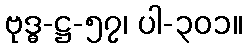
ဗုဒ္ဓ-ဋ္ဌ-၅၇၊ ပါ-၃၀၁။